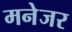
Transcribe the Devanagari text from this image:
मनेजर